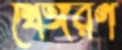
খেঙ্গরণ